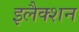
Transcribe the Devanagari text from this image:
इलैक्शन